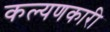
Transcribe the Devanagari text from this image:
कल्यणकारी